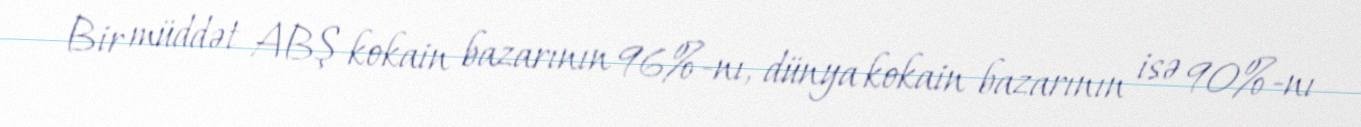
Bir müddət ABŞ kokain bazarının 96%-nı, dünya kokain bazarının isə 90%-nı